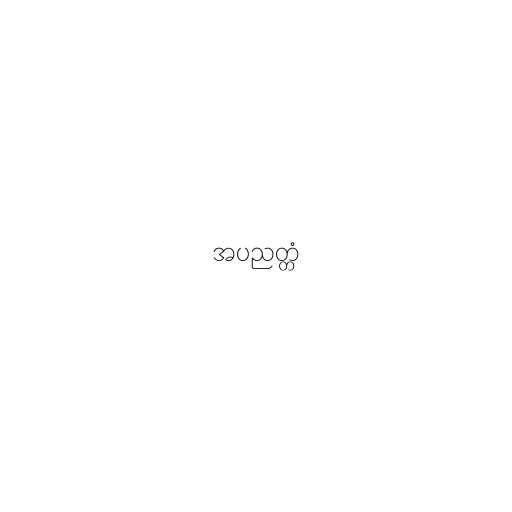
အပညတ္တံ